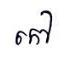
កៅ